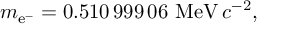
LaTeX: m _ { \mathrm { e } ^ { - } } = 0 . 5 1 0 \, 9 9 9 \, 0 6 \, \, \mathrm { M e V } \, c ^ { - 2 } ,